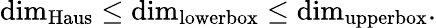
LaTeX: \dim_{\operatorname{Haus}}\leq\dim_{\operatorname{lowerbox}}\leq\dim_{\operatorname{upperbox}}.